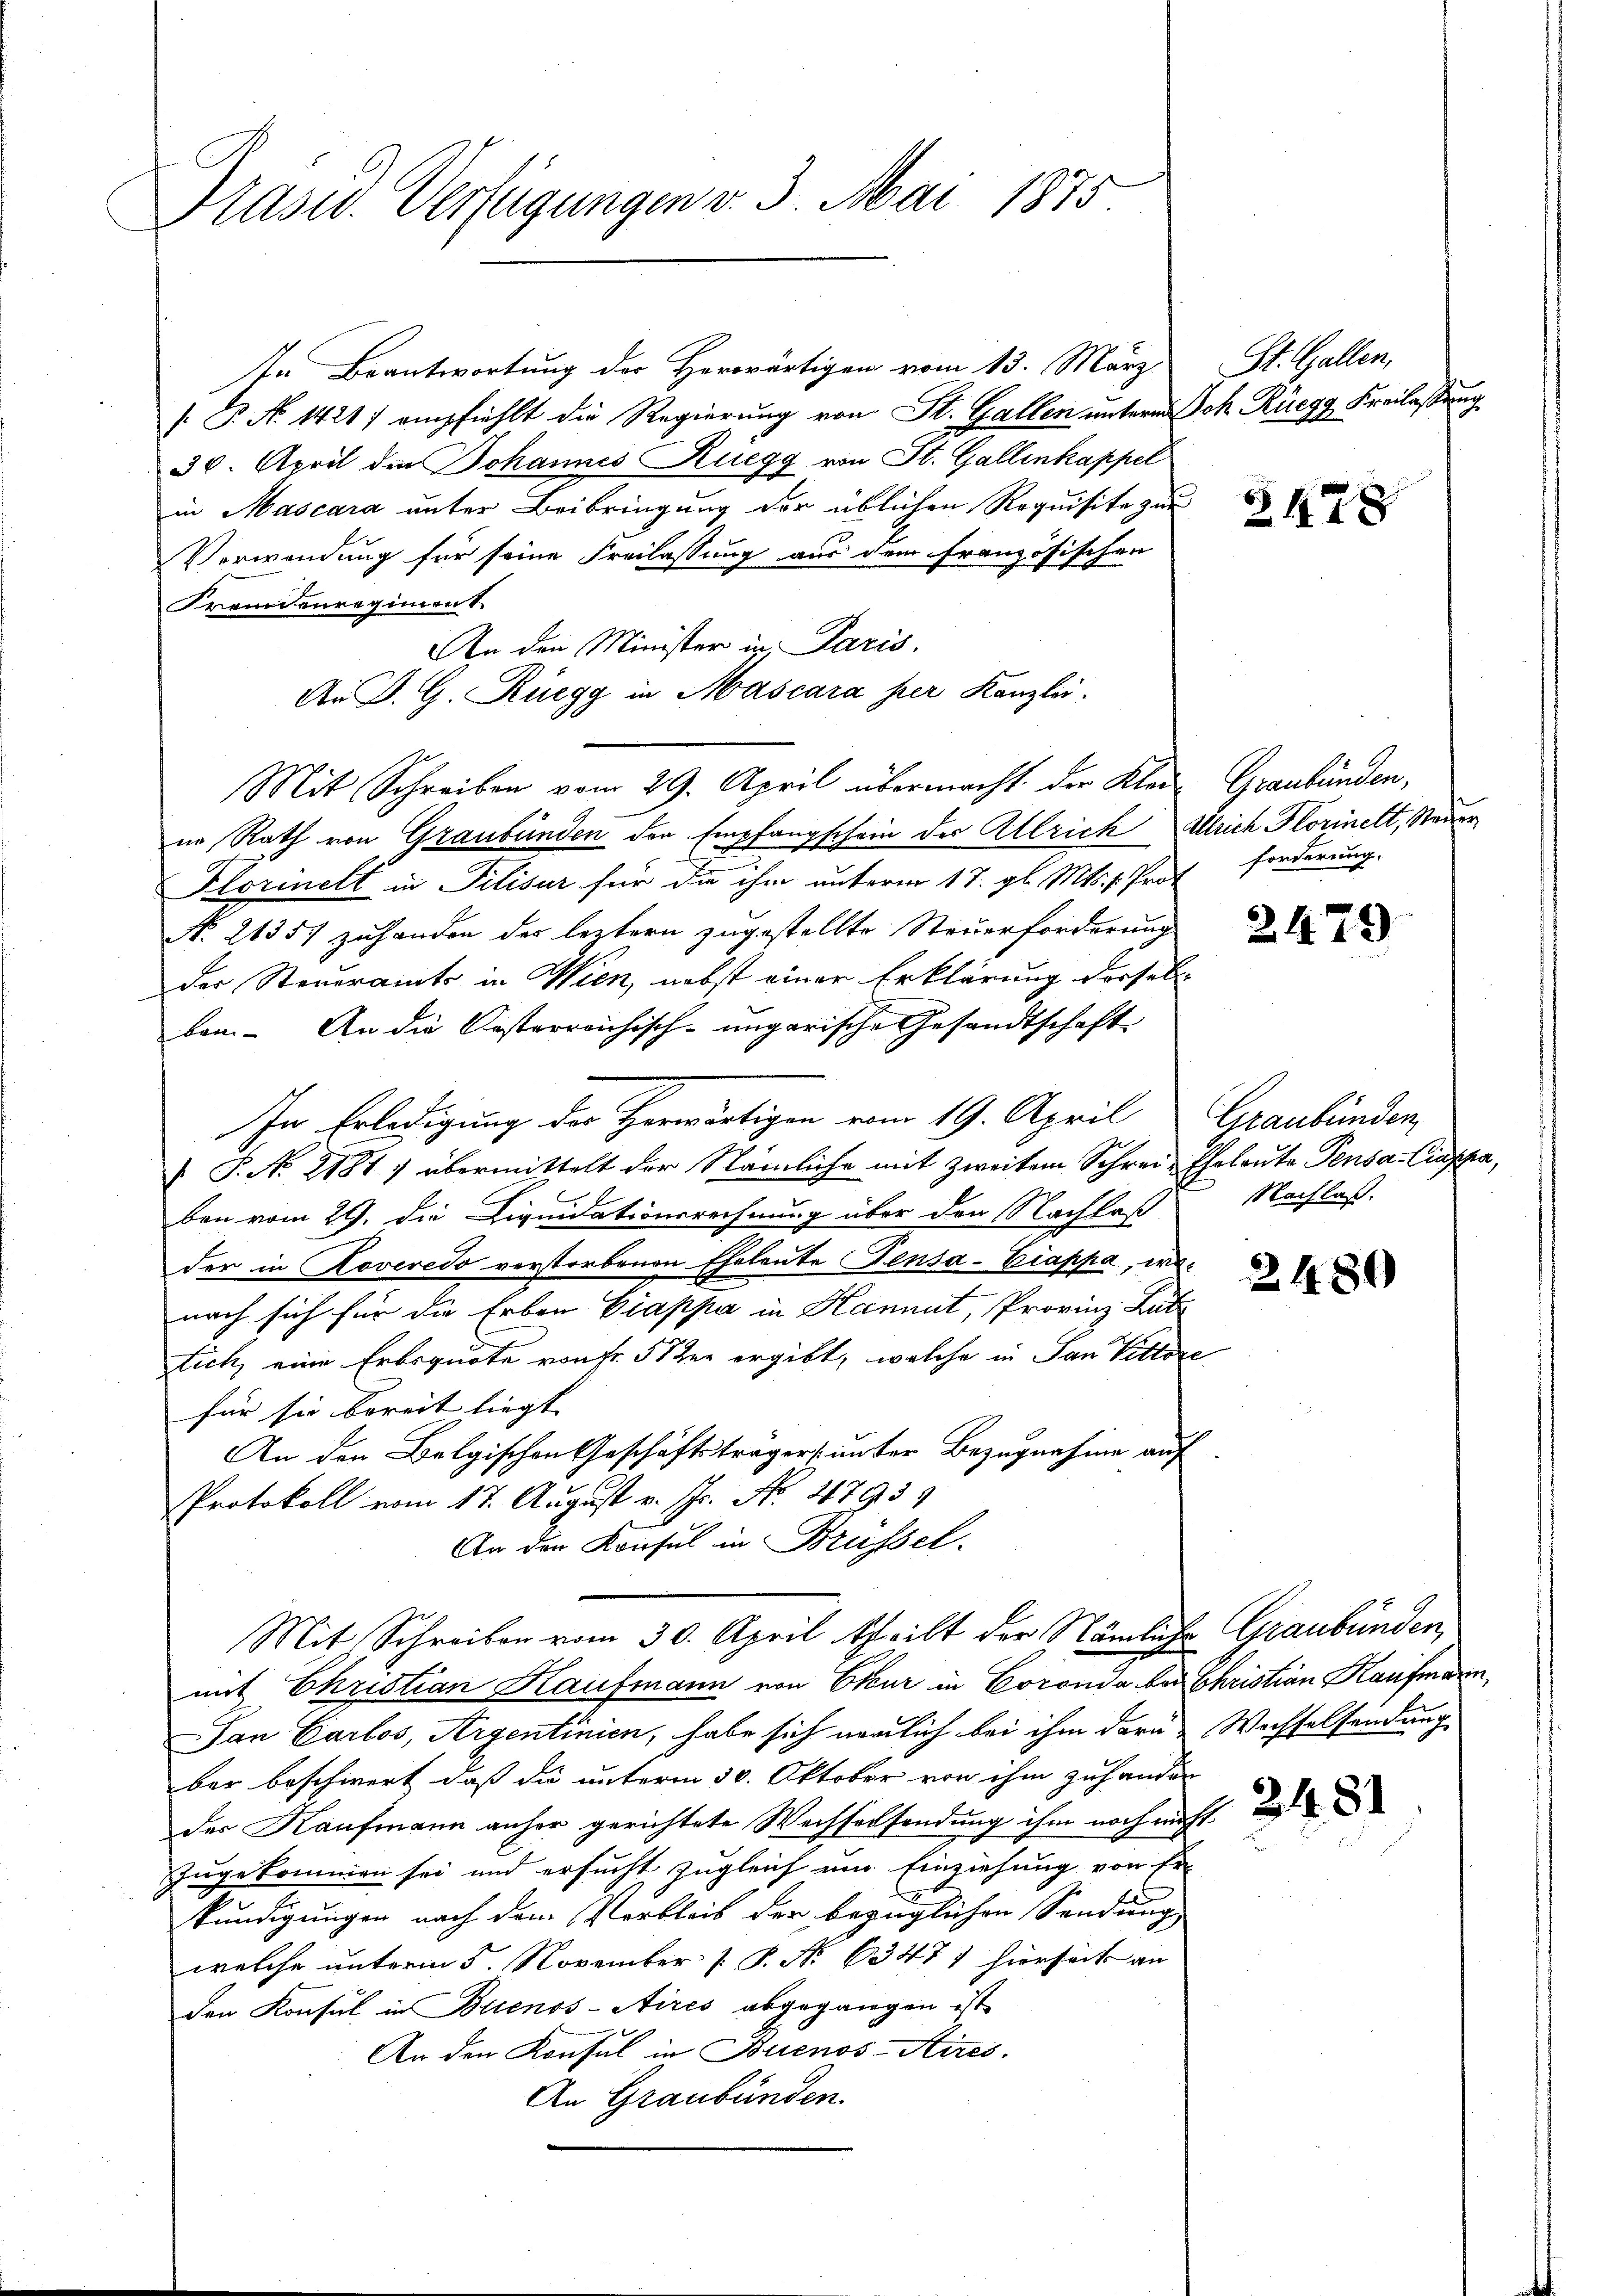
Präsid. Verfügungen v. 3. Mai 1875

ste Beantwortung des Horwärtigen vom 13. März
[ P. No 14217 empfiehlt die Regierung von St. Gallen unterm Joh. Rüegg, Freilassung
30. April den Johannes Rüegg von St. Gallenkappel
in Mascara unter Beibringung der üblichen Requisite zur
Verwendung für seine Freilassung aus dem französischen
Fremdenregiment
An den Minister in Paris.
An J. G. Rüegg in Mascara per Kanzlei.
Mit Schreiben vom 29. April übermacht der Klein Graubünden,
nn Rath von Graubünden der Empfangschein der Allrich Ulrich Florinelt, Steuer
Klorinelt in Pilisur für die ihm unterm 17. gl. Mts. 1. Pro-
N. 21357 zuhanden des leztern zugestellte Steuerforderung
der Steueramts in Wien, nebst einer Erklärung dersel
ben. An die Oesterreichisch-ungarische Gesandtschaft
In Erledigung der Herwärtigen vom 19. April
 P. No. 21817 übermittelt der Nämliche mit zweitem Schrei- Eheleute Pensa-Ciapa,
ben vom 29. die Liquidationsrechnung über den Nachlaß
der in Roveredo verstorbenen Eheleute Fensa-Ciappa, wonach sich für die Erben Giappa in Hammt, Provinz Lutz
Eich, eine Erbsquote von Fr. 51 der ergibt, welche in San Tittore
für sie bereit liegt. |
An den Belgischen Geschäftsträgers unter Bezugnahme auf
Protokoll vom 17. August v. Fr. No. 47939
An den Konsul in Brüssel.
Mit Schreiben vom 30. April theilt der Nämliche Graubünden
mit Christian Kaufmann von Eteur in Coronda bei Christian Kaufmann,
Jan Carlos, Argentinien, habe sich neulich bei ihm daru Wachselsendung
ber beschwert, daß die unterm 30. Oktober von ihm zuhanden
der Kaufmann anher gerichtete Wechsersendung ihm noch mich
zugekommen sei und ersucht zugleich um Einziehung von Er-
kundigungen nach dem Verbleib der bezüglichen Sendung
welche unterm 5. November [ P. Nr. 63477 hierseck an
den Konsul in Buenos-Aires abgegangen ist
An den Konsul in Buenos-Aires.
An Graubünden.

St. Gallen,

E

§478

forderung.

2479

Graubünden
Nachlaß.

2480

2431